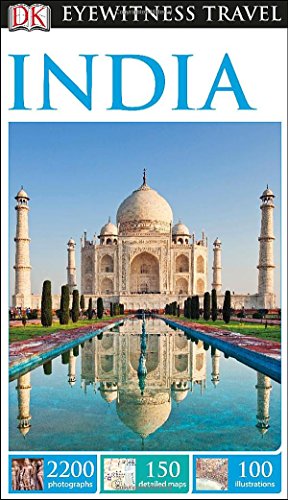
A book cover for DK Eyewitness Travel Guide: India; DK Publishing; Travel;